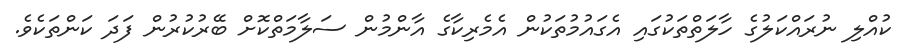
ކުއްލި ނުރައްކަލުގެ ހާލަތްތަކުގައި އެގައުމުތަކުން އެމެރިކާގެ އާންމުން ސަލާމަތްކޮށް ބޭރުކުރުން ފަދަ ކަންތަކެވެ.